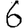
Digit: 6